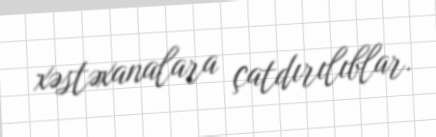
xəstəxanalara çatdırılıblar.